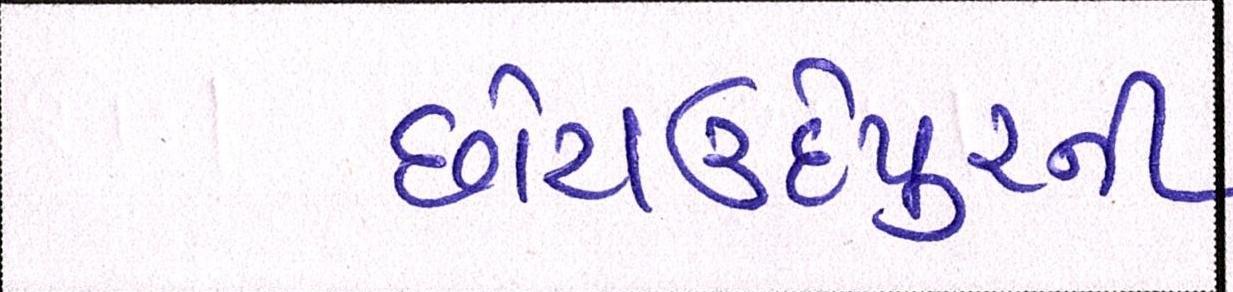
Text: છોટાઉદેપુરની